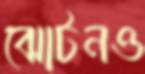
ঝোটনও